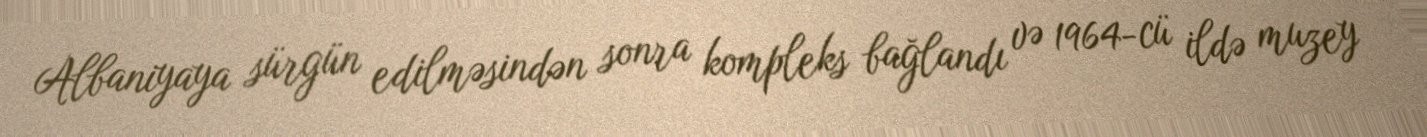
Albaniyaya sürgün edilməsindən sonra kompleks bağlandı və 1964-cü ildə muzey